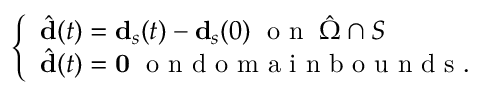
\left\{ \begin{array} { l l } { \hat { \mathbf { d } } ( t ) = \mathbf { d } _ { s } ( t ) - \mathbf { d } _ { s } ( 0 ) \; \mathrm { ~ o ~ n ~ } \; \hat { \Omega } \cap S } \\ { \hat { \mathbf { d } } ( t ) = \mathbf { 0 } \; \mathrm { ~ o ~ n ~ d ~ o ~ m ~ a ~ i ~ n ~ b ~ o ~ u ~ n ~ d ~ s ~ } . } \end{array} \right.